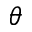
\theta